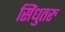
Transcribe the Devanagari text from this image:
सिंधुतरु